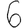
Digit: 6